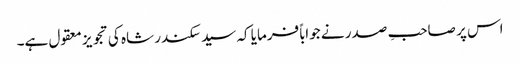
اس پر صاحبِ صدر نے جواباً فرمایا کہ سید سکندر شاہ کی تجویز معقول ہے۔